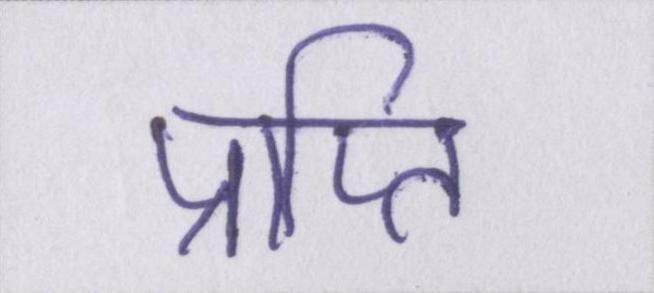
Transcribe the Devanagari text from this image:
प्राप्ति